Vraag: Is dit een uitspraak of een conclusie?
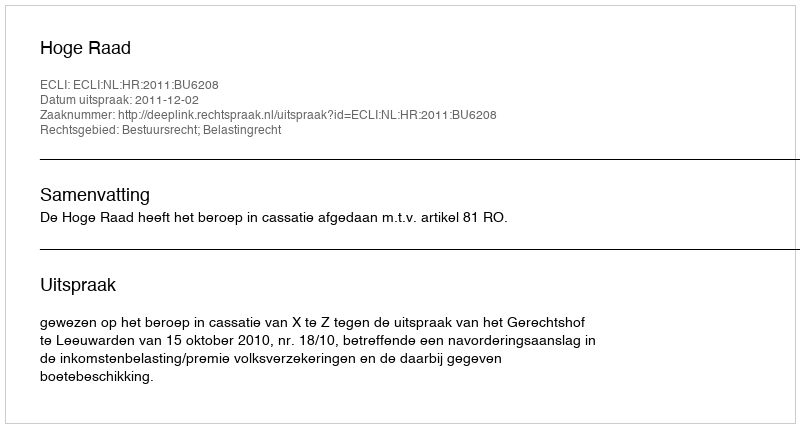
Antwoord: Uitspraak